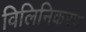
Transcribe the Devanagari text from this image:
विलिनिकरण